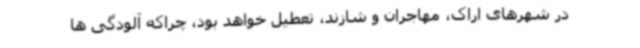
در شهرهای اراک، مهاجران و شازند، تعطیل خواهد بود، چراکه آلودگی ها